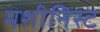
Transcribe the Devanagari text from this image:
मशीनिस्ट